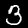
Label: 3